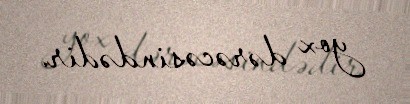
yox dərəcəsindədir.